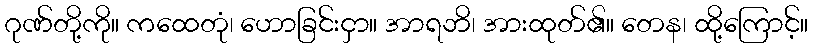
ဂုဏ်တို့ကို။ ကထေတုံ၊ ဟောခြင်းငှာ။ အာရဘိ၊ အားထုတ်၏။ တေန၊ ထို့ကြောင့်။